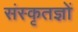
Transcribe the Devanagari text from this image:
संस्कृतज्ञों